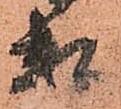
頼